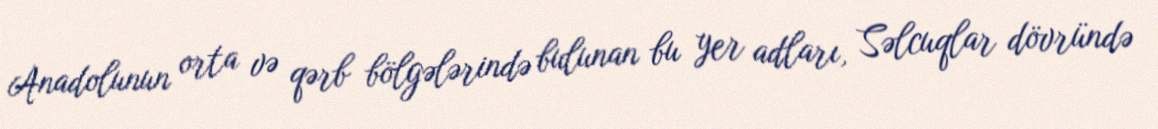
Anadolunun orta və qərb bölgələrində bulunan bu yer adları, Səlcuqlar dövründə